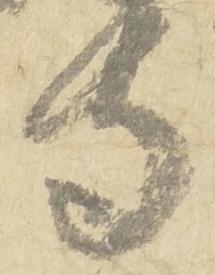
寺